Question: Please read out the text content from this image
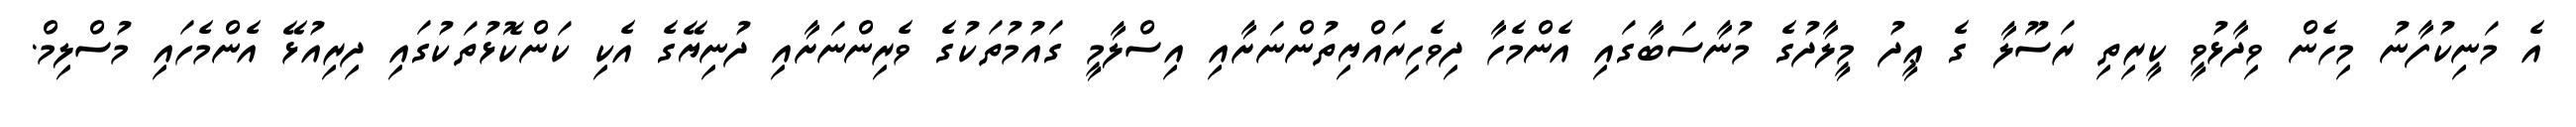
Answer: އެ މަނިކުފާނު މިހެން ވިދާޅުވީ ކީރިތި ރަސޫލާ ގެ ޢީދު މީލާދުގެ މުނާސަބާގައި އެންމެހާ ދިވެހިރައްޔިތުންނަށާއި އިސްލާމީ ގައުމުތަކުގެ ވެރިންނަށާއި ދުނިޔޭގެ އެކި ކަންކޮޅުތަކުގައި ދިރިއުޅޭ އެންމެހައި މުސްލިމް.